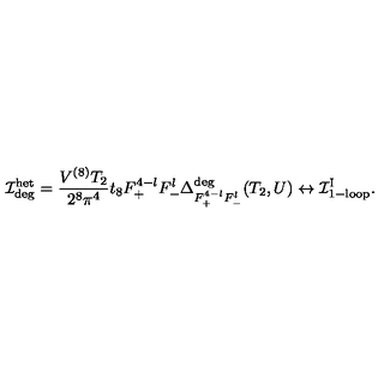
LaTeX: { \cal I } _ { \mathrm { d e g } } ^ { \mathrm { h e t } } = \frac { V ^ { ( 8 ) } T _ { 2 } } { 2 ^ { 8 } \pi ^ { 4 } } t _ { 8 } F _ { + } ^ { 4 - l } F _ { - } ^ { l } \Delta _ { F _ { + } ^ { 4 - l } F _ { - } ^ { l } } ^ { \mathrm { d e g } } ( T _ { 2 } , U ) \leftrightarrow { \cal I } _ { \mathrm { 1 - l o o p } } ^ { \mathrm { I } } .